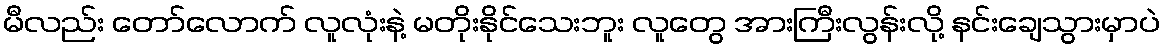
မီလည်း တော်လောက် လူလုံးနဲ့ မတိုးနိုင်သေးဘူး လူတွေ အားကြီးလွန်းလို့ နင်းချေသွားမှာပဲ